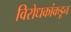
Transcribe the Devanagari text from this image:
विरोधकांकडून